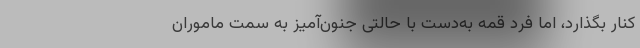
کنار بگذارد، اما فرد قمه به‌دست با حالتی جنون‌آمیز به سمت ماموران